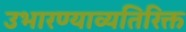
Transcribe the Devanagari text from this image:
उभारण्याव्यतिरिक्त